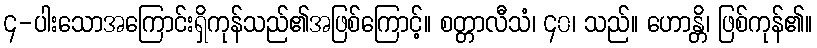
၄-ပါးသောအကြောင်းရှိကုန်သည်၏အဖြစ်ကြောင့်။ စတ္တာလီသံ၊ ၄၀၊ သည်။ ဟောန္တိ၊ ဖြစ်ကုန်၏။